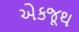
એકજૂથ